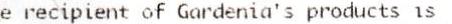
E RECIPIENT OF GARDENIA'S PRODUCTS IS